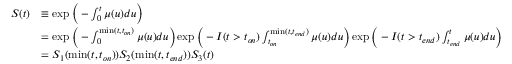
\begin{array} { r l } { S ( t ) } & { \equiv \exp { \bigg ( - \int _ { 0 } ^ { t } \mu ( u ) d u \bigg ) } } \\ & { = \exp { \bigg ( - \int _ { 0 } ^ { \mathrm { m i n } ( t , t _ { o n } ) } \mu ( u ) d u \bigg ) } \exp { \bigg ( - I ( t > t _ { o n } ) \int _ { t _ { o n } } ^ { \mathrm { m i n } ( t , t _ { e n d } ) } \mu ( u ) d u \bigg ) } \exp { \bigg ( - I ( t > t _ { e n d } ) \int _ { t _ { e n d } } ^ { t } \mu ( u ) d u \bigg ) } } \\ & { = S _ { 1 } ( \mathrm { m i n } ( t , t _ { o n } ) ) S _ { 2 } ( \mathrm { m i n } ( t , t _ { e n d } ) ) S _ { 3 } ( t ) } \end{array}